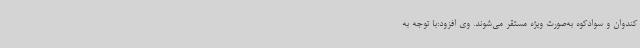
کندوان و سوادکوه به‌صورت ویژه مستقر می‌شوند. وی افزود:با توجه به